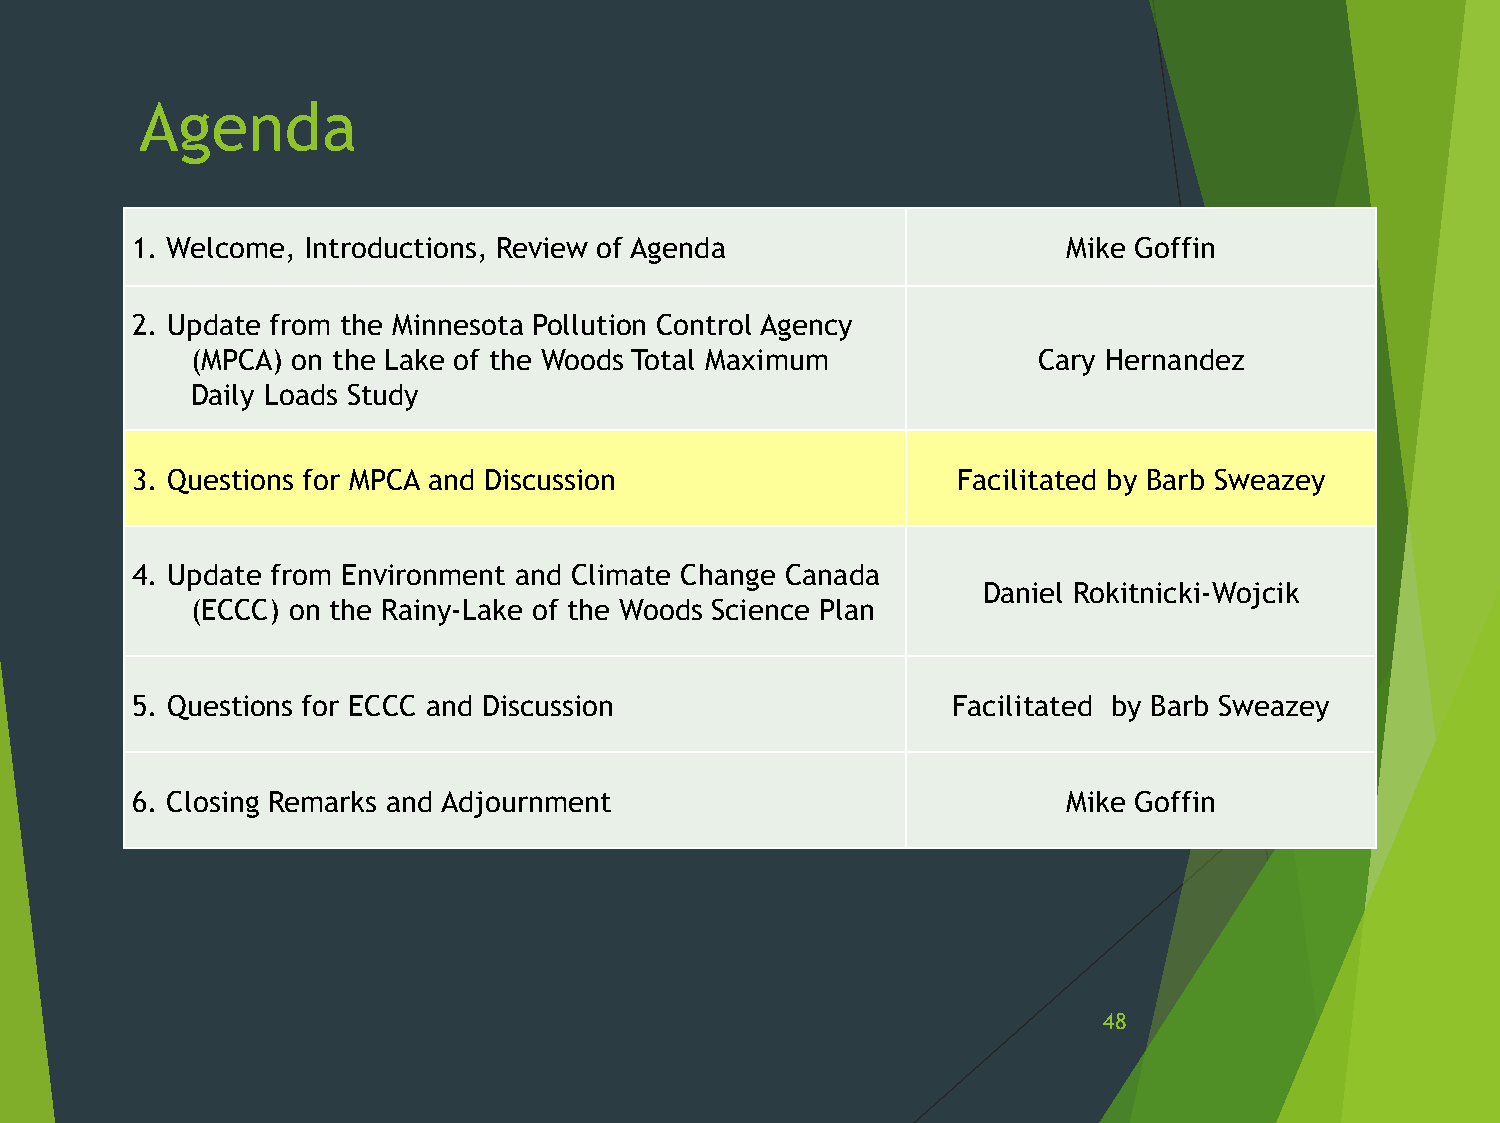
Agenda
 1. Welcome, Introductions, Review of Agenda                   Mike Goffin
 2. Update from the Minnesota Pollution Control Agency
 (MPCA) on the Lake of the Woods Total Maximum           Cary Hernandez
 Daily Loads Study
 3. Questions for MPCA and Discussion                  Facilitated by Barb Sweazey
 4. Update from Environment and Climate Change Canada
 Daniel Rokitnicki-Wojcik
 (ECCC) on the Rainy-Lake of the Woods Science Plan
 5. Questions for ECCC and Discussion                  Facilitated by Barb Sweazey
 6. Closing Remarks and Adjournment                            Mike Goffin
 48